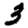
Digit: 3